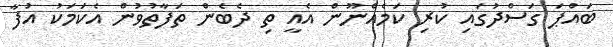
ބައްޕަ ގަސްދުގައި ކުރި ކަމެއްނޫން އެއީ ތި ދެބެން ތަފާތުވުން އެކަމަކު އުފާ